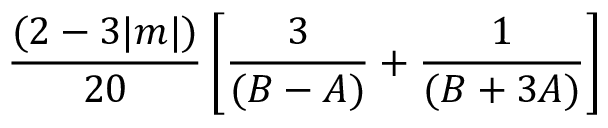
\frac { ( 2 - 3 | m | ) } { 2 0 } \left[ \frac { 3 } { ( B - A ) } + \frac { 1 } { ( B + 3 A ) } \right]